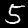
Label: 5